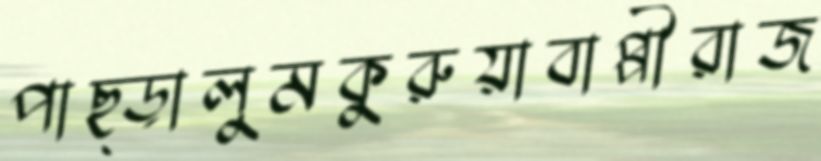
পাছ্‌ড়ালুমকুরুয়াবাপ্পীরাজ